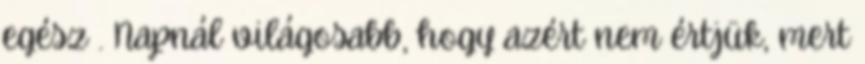
egész . Napnál világosabb, hogy azért nem értjük, mert